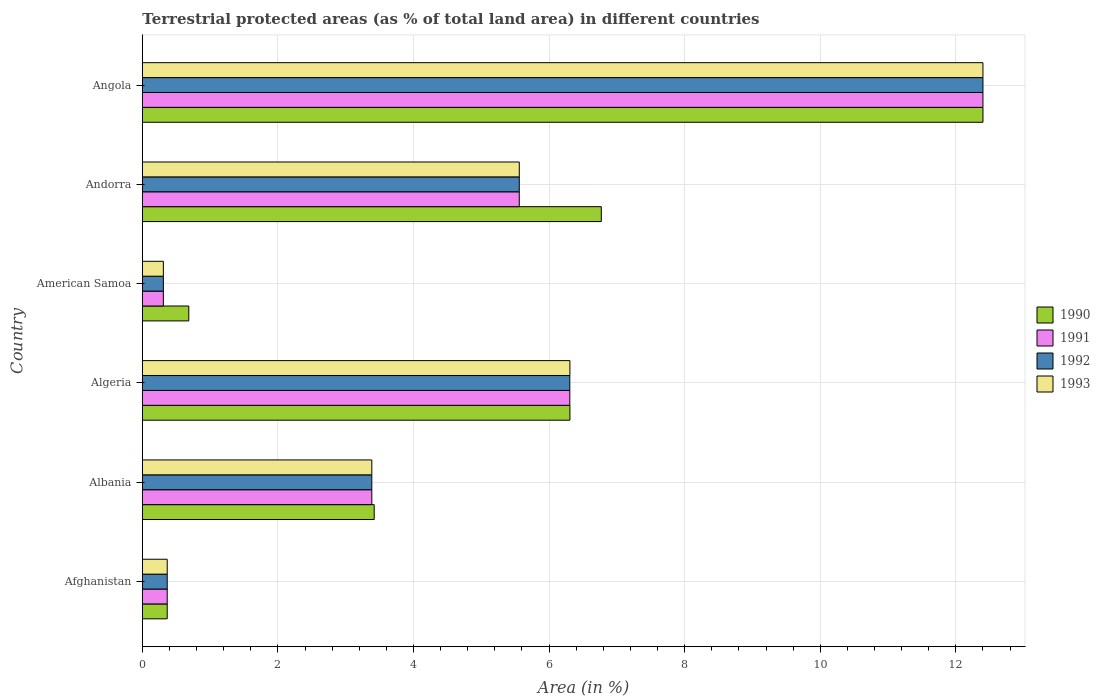
| Country | 1990 | 1991 | 1992 | 1993 |
 | --- | --- | --- | --- | --- |
 | Afghanistan | 0.367 | 0.367 | 0.367 | 0.367 |
 | Albania | 3.42 | 3.38 | 3.38 | 3.38 |
 | Algeria | 6.31 | 6.31 | 6.31 | 6.31 |
 | American Samoa | 0.685 | 0.31 | 0.31 | 0.31 |
 | Andorra | 6.77 | 5.56 | 5.56 | 5.56 |
 | Angola | 12.4 | 12.4 | 12.4 | 12.4 |